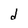
Character: d